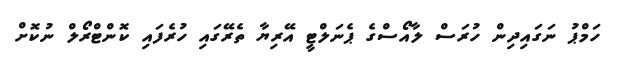
ހަމްޕު ނަގައިދިން ހުރަސް ލާއޯސްގެ ޕެނަލްޓީ އޭރިޔާ ތެރޭގައި ހުރެފައި ކޮންޓްރޯލް ނުކޮށް